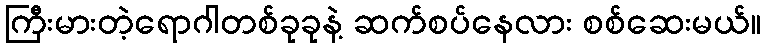
ကြီးမားတဲ့ရောဂါတစ်ခုခုနဲ့ ဆက်စပ်နေလား စစ်ဆေးမယ်။